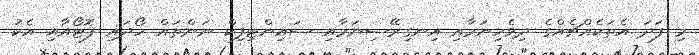
މި ފަދަ އެތަކެއްޗެއްގެ ދިވެހިނަމާއި އިނގިރޭސިނަމާއި ސައިންޓިފިކް ނަންތައް ހޯދައި ފޮޓޯއާއި އެކު